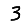
Digit: 3